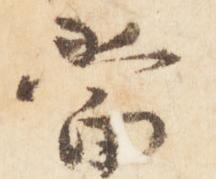
当